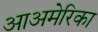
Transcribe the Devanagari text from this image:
आअमेरिका